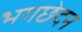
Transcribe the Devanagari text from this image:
भगछेदन